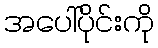
အပေါ်ပိုင်းကို